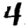
Digit: 4